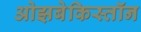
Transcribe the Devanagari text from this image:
ओझबेकिस्तॉन